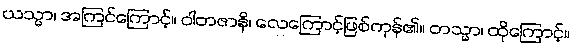
ယသ္မာ၊ အကြင်ကြောင့်။ ဝါတဇာနိ၊ လေကြောင့်ဖြစ်ကုန်၏။ တသ္မာ၊ ထိုကြောင့်။